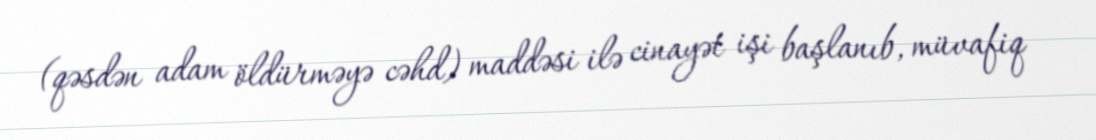
(qəsdən adam öldürməyə cəhd) maddəsi ilə cinayət işi başlanıb, müvafiq